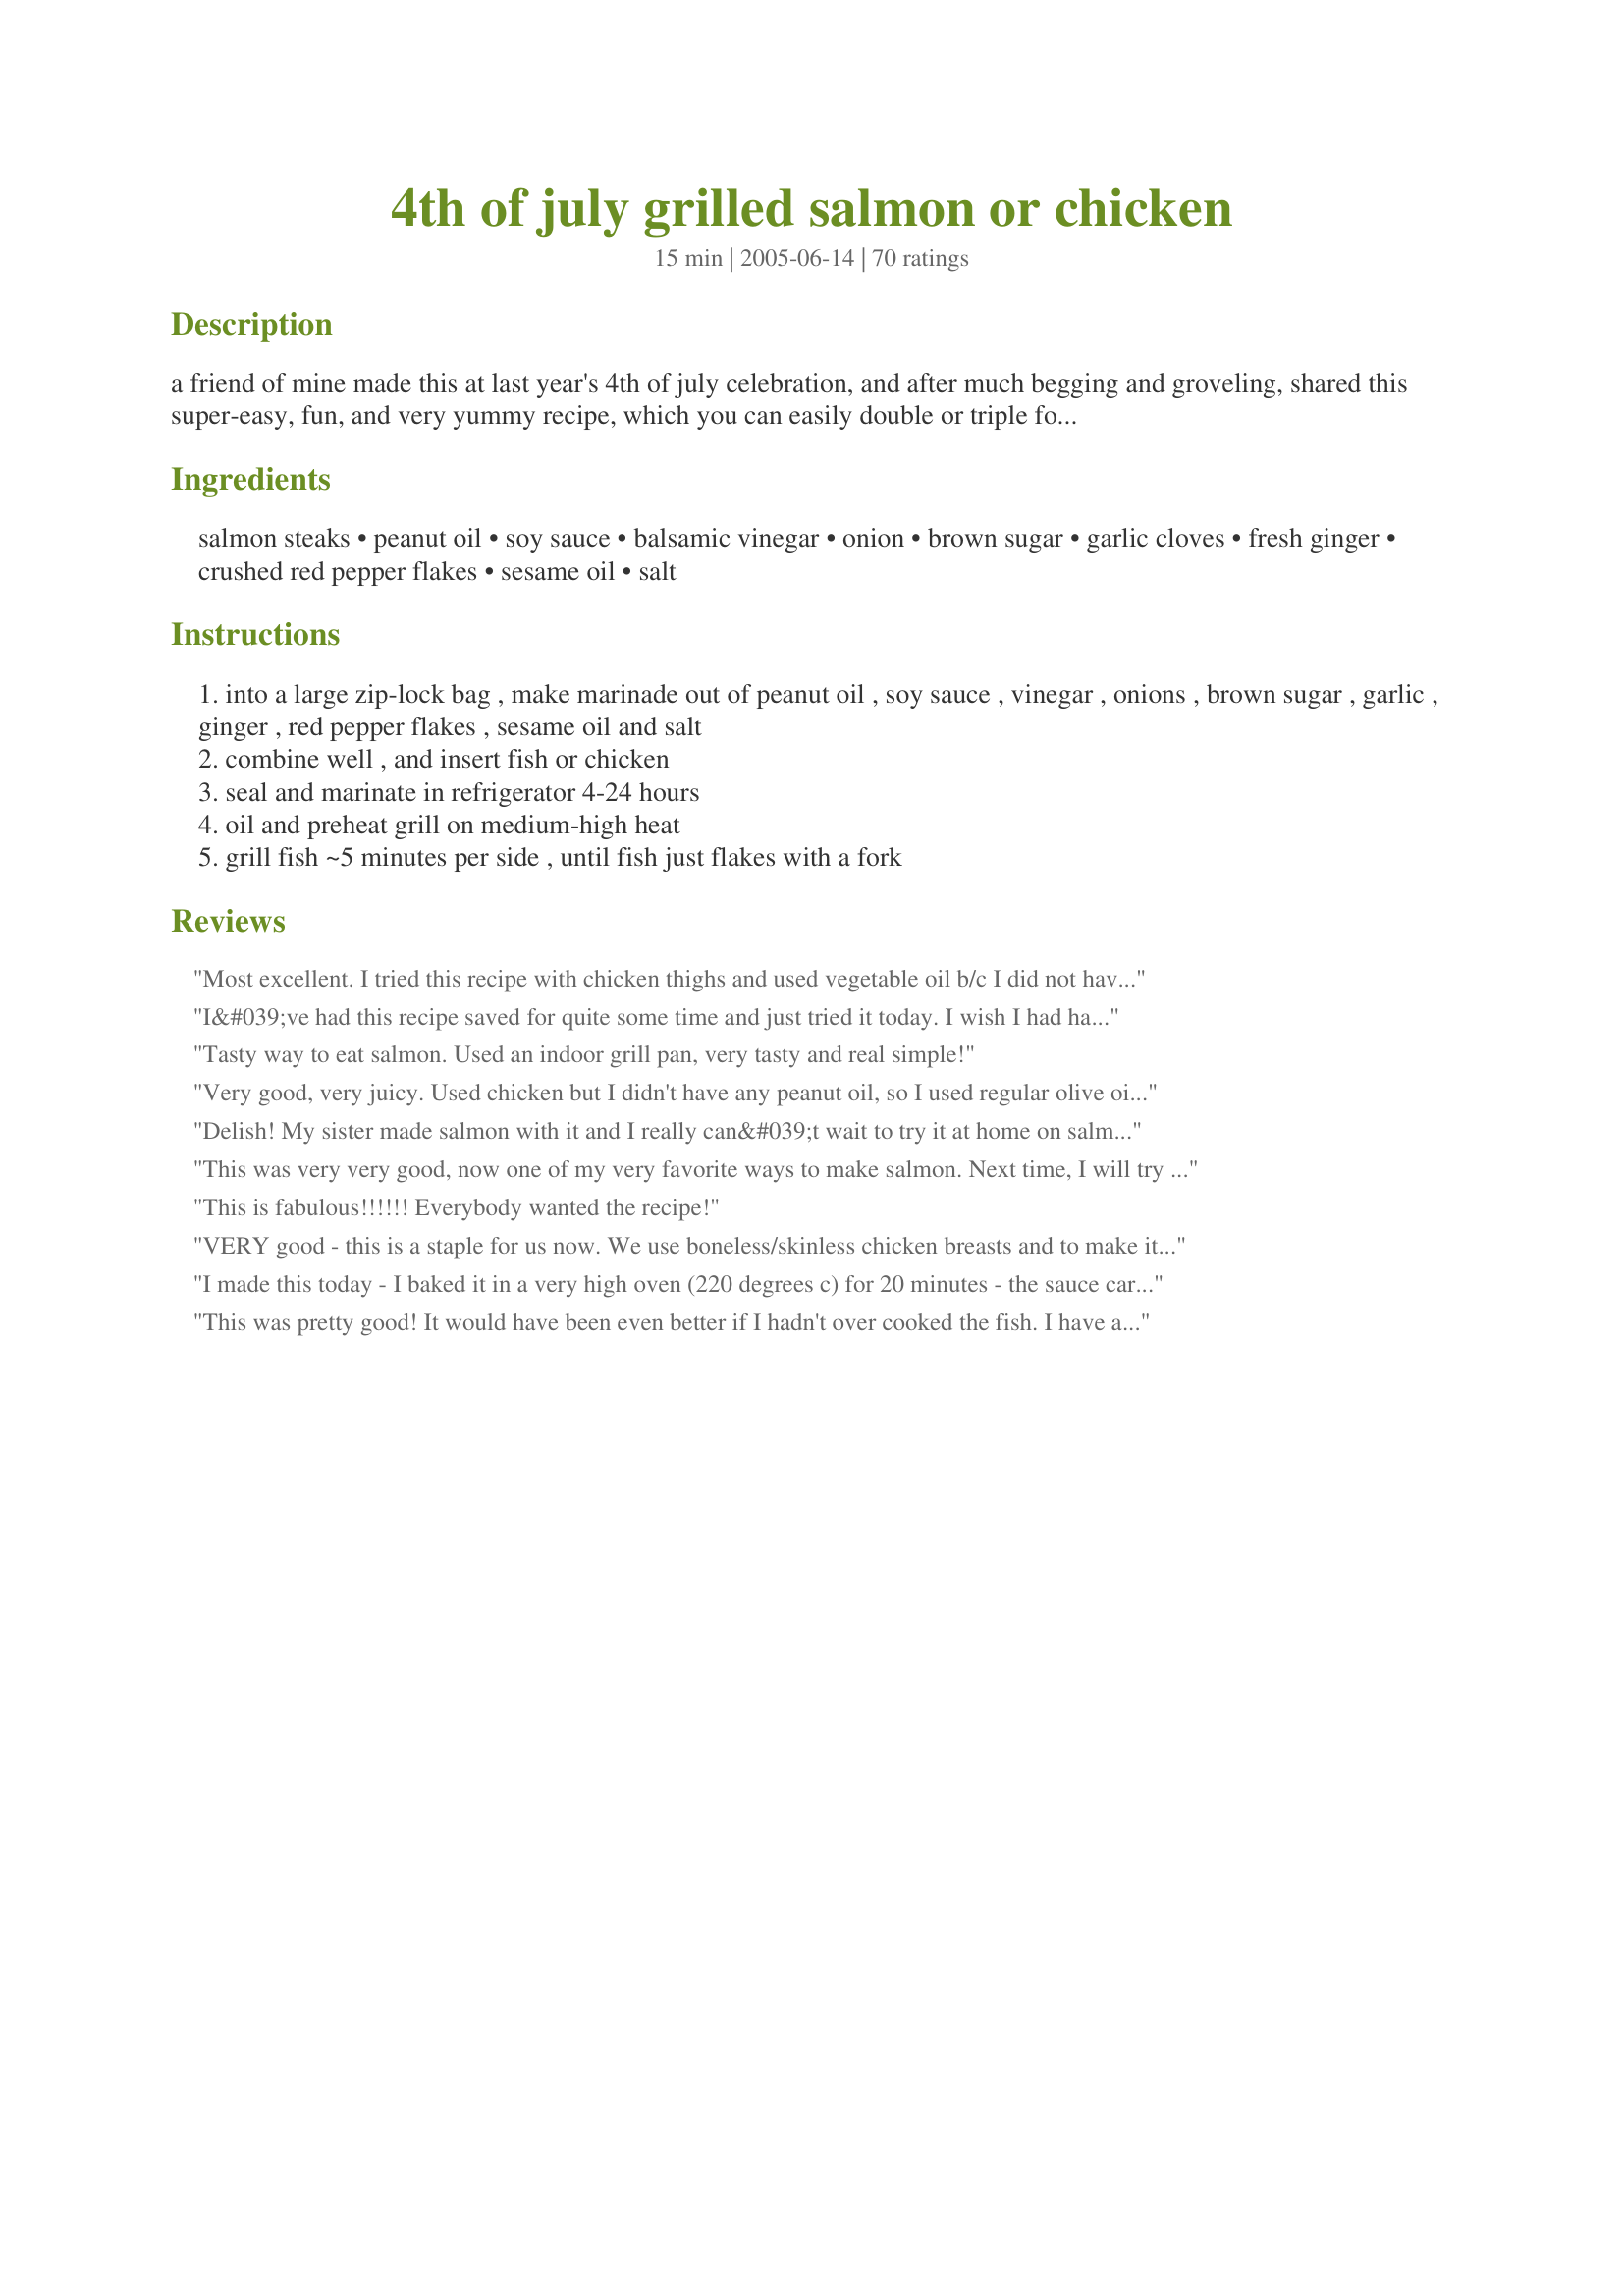
4th of july grilled salmon or chicken
Preparation time: 15 minutes

a friend of mine made this at last year's 4th of july celebration, and after much begging and groveling, shared this super-easy, fun, and very yummy recipe, which you can easily double or triple for a big crowd! the cold left-overs (if any) the next day are fabulous! try this with chicken!! grill 4 chx breasts 4-5 min ea side, then finish in 350 degree oven in covered pan with butter & olive oil for +/-20 min. oh! magnificent (great sandwiches w/tomato, cream cheese, and avocado).

Ingredients:
salmon steaks, peanut oil, soy sauce, balsamic vinegar, onion, brown sugar, garlic cloves, fresh ginger, crushed red pepper flakes, sesame oil, salt

Steps:
into a large zip-lock bag , make marinade out of peanut oil , soy sauce , vinegar , onions , brown sugar , garlic , ginger , red pepper flakes , sesame oil and salt
combine well , and insert fish or chicken
seal and marinate in refrigerator 4-24 hours
oil and preheat grill on medium-high heat
grill fish ~5 minutes per side , until fish just flakes with a fork

Reviews:
Most excellent. I tried this recipe with chicken thighs and used vegetable oil b/c I did not have peanut oil. I added ~1T creamy peanut butter to get the peanuty taste.

During grilling time, I basted the thighs with marinade to really coat them good. yum yum yum.


I&#039;ve had this recipe saved for quite some time and just tried it today. I wish I had have tried it sooner. It was delicious and needless to say there are no leftovers. I used it on salmon but will try it on chicken once its warm enough to grill outside, as I baked it in the over on 375 for 20 minutes. Thanks for the post.
Tasty way to eat salmon. Used an indoor grill pan, very tasty and real simple!
Very good, very juicy. Used chicken but I didn't have any peanut oil, so I used regular olive oil and added maybe 2tbsp of peanut butter like someone just mentioned. Thanks!
Delish! My sister made salmon with it and I really can&#039;t wait to try it at home on salmon and on chicken. I think it would also make a fabulous pork loin marinade as well. Would come out kind of like chashu port
This was very very good, now one of my very favorite ways to make salmon. Next time, I will try with less oil. I didn't have much time so i only marinated for 4 hours, next time will marinate longer as more flavor would be great. I baked at 375 for 25 mins. for 2 filets from Sam's club, perfect! I poured marinade over filets before putting in oven. Easy and delicious way to eat salmon! Thanks for posting.
This is fabulous!!!!!! Everybody wanted the recipe!
VERY good - this is a staple for us now. We use boneless/skinless chicken breasts and to make it easy - chopped garlic in a jar and the ginger in a tube (the kind you find in the refrigerated area of the produce section). Sometimes I do more sesame oil than peanut because we love that flavor. I've had many compliments on this marinade.
I made this today - I baked it in a very high oven (220 degrees c) for 20 minutes - the sauce caramelised and it was great!
This was pretty good! It would have been even better if I hadn't over cooked the fish. I have a very bad habit of doing that. I really enjoyed the flavor though. I love anything with balsamic vinegar. Will try it on chicken too. Thanks!
Wow!! My husband and I made this for dinner last night, and it was wonderful! All 4 of our kids gobbled it up, even the one that doesn't normally like fish. We marinated it for 6 hours, and I think I'll do it longer next time just to help the thicker part of the fillet soak in the flavors. Thank you for sharing this recipe!
Outstanding. My husband catches all the salmon we can eat, and I am always looking for new ways to make it. This one got 4 1/2 stars from the DH, 5 from me both on taste and ease of preparation. Super easy and really yummy. I am glad we made extra so we have the leftovers tomorrow. Excellent! UPDATE: Made a triple recipe with chicken and froze it (before cooking, just in the marinade). Took camping and made it over a campfire - fabulous. Definitely wonderful for OAMC.
This was a very good marinade, it was simple and tasty. I did it once letter by letter and was to salty for me and mine. So tonight. I made it left out 1/2 the soy added some molasses about 2 tbs and 1/2 cup of coconut vodka. Tonight the chicken wasn't salty at all and had a Caribbean hint to it.. Will be using it again! Thanks for posting..
This was great...I ended up doing it in the oven since hubby did not want to grill tonight in the heat. We really enjoyed it.
I marinated the salmon all day. I wished I would have thicken the marinate and used as a sauce for the salmon. The salmon tasted good.
Very nice marinade. Will make again.
I loved this marinade. I used regular onion instead of scallions and left out the red pepper flakes. While the fish was grilling, I took the leftover marinade and boiled it - then added a thickener (wisked 1 TBL cornstarch with 2 TBL ice water). It made the tastiest sauce - out of this world!
Outstanding! I've made this recipe 6 times now at my husband's demand... I mean, request. We haven't tried it with chicken, but I did try it with shrimp. Yummy! I've found that marinating 24 hours brings out the best flavor, and using peeled, minced fresh ginger makes a great recipe even better. We'll be having this again tonight, too. Thanks!
This is just simply fantastic! I grilled a big salmon fillet on a cedar plank according to this recipe and did exactly what this recipe states. The result was beyond what words can describe. Absolutely a keeper!
This was absolutely delicious and everyone I've served it to loves it! We have a food sealer so I mix it all up in the container, suck out the air and only have to marinate for half the time!
So yummy!! We've used this recipe for plain salmon and also for salmon for tacos. Such a tasty marinade. If you can let it marinade at least 4 hours (or more) do! It imparts almost a nutty taste to the salmon. Guests raved about it! Thanks for a great recipe!
WOW, this is a great marinade. Can't wait to use it on chicken.
This was amazing, I tried it on salmon and chicken and loved both. the marinade is just slap youre' Momma GOOD, will be using this over and over again. I turned the grill up to high for the last minute to caramelize it. i used chicken breast and marinated it for 6 hours and it was so juicy and tender, it was amazing. Yhanks for posting a keeper.
I began cooking for the family a couple of months ago, so I&#039;ve depended on recipes from food.com pretty heavily. This salmon recipe is delicious and very easy to make. Once I found the required items (which are all available at any supermarket) I got going on it. I&#039;m going on my 3rd time cooking it since the kids and wife really enjoy it. Not sure who iniitially added the recipe but thanks.
I put a small bit of the marinade onto the salmon and put it on the BBQ in foil for 40 mins with tomotoe and small can of sliced peaches. I also put a small squash with honey and galic in foil on for a bit longer. HMmmmmmmmm good. thanks for the great recipe
Chris
This was very good. Company good! I didn't have any peanut oil so I used canola oil and only 1/4 cup. I put foil poked with holes on the grill and spayed it with oil because I was afraid of the fish sticking and falling through the grill. Worked out great. Will definatly make again. Thanks for posting.
Excellent salmon recipe and I'm not much of a salmon lover. I did not use the crushed red peppers (to many "Gerber Mouths" in the family), but can see how the peppers would compliment flavor. 
Everyone at the cookout loved it. Thank you.
Very easy, excellent recipe. I decided to make this late in the day and the chicken only marinated for about 2 hours...also didnt have scallions. Even so the chicken was really delicious. Will definitely make this again.
I have used this recipe many times, and I haven NOT reviewed it. What was I thinking?? It is wonderful. I am going to do it today with Salmon. It leaves it tasty and moist. I have made it with the chicken, and everyone couldn't belive how moist it is. 
Great recipe!
Thanks for this recipe. I think you should re-post as a chix marinade because it was AWESOME on the chicken. I wasn't planning on cooking chix at all, but defrosted 2 breasts because the feedback for it was so strong. So happy I did. Yum! The salmon was good too. I think the filets I had tasted a little fishy, so it wasn't as awesome as the chicken, but I don't think it was the marinades fault at all. I ended up baking in the oven because we had a propane issue. I took the onions from the marinade and left them on top of the chix and salmon. They were a GREAT piece in both texture and taste. We will def have this again! Thanks!
We all enjoyed this. I used chicken, But I think it would be even better on salmon. I also only marinated it for 1 hr. because I was in a hurry.
Awesome recipe! Thank you!
Very good!
YUM...this was a wonderful, easy recipe. We made it with salmon and I followed your directions except I used only 1/4 cup of peanut oil. I added cornstarch mixture to the sauce and cooked it on the stove and we dipped our salmon and rice in it. Thanks for a keeper!
SO easy to make and quite delicious! I ended up marinating for 26 hrs or so - I hadn't had time to make it, and finally threw it in the oven in some foil just so it wouldn't spoil. It was so good that way that I can't wait to try it on the grill! Thanks for posting!
Great marinate for the salmon. Will reduce the amount for the two of us next time. Only cooked 1 fillet and it was way too much.&lt;br/&gt;Served with Recipe #336245 for a great meal.
This was delicious and incredibly easy to make! I've made it for my family once and company once ande plan on making it again when we have guests as the marinade doesn't take long to throw together, thus allowing me more time with my guests. There have been no leftovers each time we've made it!
I love this marinade for salmon. It is very flavorful, with just a hint of sweet. The first time I made this it was raining, so I broiled the salmon. After grilling it (which is tasty), I like the marinated salmon better in the broiler as the flavor is more intense.
Wonderful flavor, I was afraid it would have an overpowering teriyaki flavor but it didn't. I did extend the cooking time a bit because I put in on a cedar plank an grilled it over indirect heat without turning. It gave it a nice smoked flavor as well. Will definately make it again!
This recipe was simply OUTSTANDING! Instead of all ground ginger, I also added in some fresh ginger (I love fresh ginger). I also added a little more garlic to mine as well. Finally I cooked it in the oven for 15 minutes, re-marinated it and flipped it over, cooked another 15 minutes, repeated marinating and flipping, and cooked a final 15 minutes. Did not overcook at all and was MARVELOUS! Very tasty, and easy to make! Highly recommended for anyone to try this recipe... it's a definite keeper! Thanks for sharing it with us all!
I made the chicken and it was Wonderful. I forgot to add the ginger and it was still very tasty.
Really, really, really good! I don't marinate often because I'm always so disappointed in the result....not so with this marinade. I doubled the recipe (not the soy) and put half into a bag with 5 frozen chicken thighs and half into a bag with a small skirt steak. Left them in the fridge for more than 24 hours and grilled them up for dinner. Steak was just so-so but the chicken was out of this world. Juicy, just a little salty yum!!! I will use this all summer long. Thanks for posting and can't wait to try on salmon!
I did this using chicken,cooking it on a griddle pan,and the results were fab!! My husband thought it was excellent,and couldn't even finish his first mouthful before he declared that I could make this again!!
A great recipe-thank you!
This is just wonderful! I made as directed and heated the marinade to use as a sauce over the salmon. Just perfect! So very easy to prepare for a quick, don't heat up the kitchen, supper! Thanks for sharing!
Served this for 1st of July ! Used salmon and halved the marinade (watching calories). We loved it.
Delicious! The balsamic vinegar adds an unusual and yummy touch to this otherwise fairly standard Asian marinade.
Absolutely gorgeous, Lovely flavour. I made as stated except for using fresh ginger indstead of ground I love frsh ginger. I will definitely be making again I might try it with chicken next time. I marinated my salmon overnight to really allow the flavours to infuse the fillets. I only made two fillets and instead of grilling I baked them in a baking dish pouring some of the marinade over. Wonderful recipe, thanks for posting, it is definitely a keeper and will frequent our table lots.
This is soooo good!! We love this, and I make it for company. The marinade is wonderful heated and made into a sauce with a little cornstarch, and drizzled over the salmon just before serving. My brother, who doesn't give compliments easily, was taking seconds and saying it was delicious!
Loved this recipe. Fast, Easy, Healthy and flavorfilled. Thanks for posting it. We are adding it to our meal cycle. Substituted Rice wine vinegar only because I didn't have the balsamic, it was still great. Thanks again
This is fantastic!!! Holy cow, I'm never a fan of salmon because the marinade stays on the top and when you get to the center of the fish, it's boring and fishy, but this marinade settled down and made itself at home! I didn't even have a chance to marinate over 3 hours. Wonderful. Thank you so much.
This is really good!! My husband doesn't like salmon very much but he really enjoyed this. I only marinated for a short time and I think it would be more flavorful if it were longer. VERY delicious!!!
Excellent salmon recipe! I made the marinade with canola oil vs. peanut but made the rest identical. Marinated the fish about 4 hours and then cooked on a charcoal grill. My husband basted with some of the marinade and then dumped the extra on the coals for lots of smoking power. Delicious! The whole family gave this 5 stars.
This is very yummy, even better the next day. I used chicken. I didn't have peanut oil or sesame oil but I added peanut butter and sesame seeds and it turned out very yummy. The PB really added something to it. I will make this again; it is worth the effort. It goes fantastic with regular baked beans and corn: I won't serve it with anything else.
Can't believe I haven't rated this yet! This has become my new standard for salmon on the grill. My children enjoy it as much as my husband and I do. I use olive oil instead of peanut, because of what I have on hand. Usually marinate it for 8-10 hours. It's fantastic!!!!
Really good asian like marinade for salmon! I marinated my fillet over night and it was very tasty! I also reduced the amount of oil to 1/4 cup and actually baked my fish in 350F for 20 minutes and it was beautiful! Will try the grill when I get one. Sprinkled the scallions fresh on top and even my non fish lover hubby loved it.
Very tasty! I will make again. Have made twice with salmon, love it!! Made with chicken but like salmon more.
just made this with chicken over the weekend for a camping trip, was very flavorful. I mariated it for a little over 24 hours. Can't wait to try it on salmon.
This is one of the best salmon recipes EVER!. My brother made it several years ago and imagine my delight when I stumbled upon the recipe here! In the winter the salmon can also be cooked at 400 degrees on a tin foil lined baking sheet (the skin sticks to the foil and you can just spatula off the fillet. This is superb served on a bed of mashed yams or sweet potatos and a side of blanched haricots verts.
I LOVED This recipe. This was my first attempt at grilling salmon as well. Turned out perfect! I bought some wonderful salmon at whole foods and marinated it for 2 1/2 hrs. Thank you for sharing!
This recipe was to die for! Absolutely wonderful. It grilled up perfectly and the flavor was fantastic. The only change I made to the recipe was using canola oil instead of peanut, as that's what I had on hand. I will make this again and again!
Have to agree with other reviewers. Excellent recipe, with dominant ginger taste. Would suggest that you spoon the marinate solids onto the salmon while it is grilling?just adds to the yummy...
Very good marinade. We used it with Salomon steaks and they had a great flavor. I used canola oil since I didn't have peanut-
I made this using fresh salmon. We went nuts over it! This is a 10 star recipe in our eyes. I will be making often, as we love salmon and are always looking for new ways to prepare tasty dishes. Thanks! We will be trying on chicken too, as I know it will be great that way too! Thanks
Made this with chicken and marinated for 24hrs. It's fantastic just like all the other reviews state. We had it with corn on the cob and potato salad. So good! Can't wait to try it on salmon. Thank you very much!
One thing that's nice about Florida, is that you can grill out even in the cooler weather, and so I decided to make this salmon and am I glad I did! My DH, DD and her DD and I went into silent mode as we ate this, eating it up so fast, it was gone in a flash! I can't remember when I have enjoyed a meal more, and when my grandaughter likes something, you KNOW it's good! Thank you!
This is a very good and a must try recipe. I tried this with a whole chicken. And it was really tasty. I add some more ingredients and also kept the skin on the chicken after cleaning well the skin and underneath the skin. Some of the things that I added apart from what is mentioned in this recipe was paprika , 1 tbsp dried herbs, 1 tsp black pepper,1 teaspoon cayenne pepper, 1 teaspoon garlic powder , 1 -1 1/2 tsp honey, about 2 cloves crushed garlic with skin.
This makes the chicken really juicy and tasty. Thanks
We enjoyed this with chicken on the grill. Thanks for the winner of a recipe!
Thanks for posting. We enjoy having Salmon on a regular basis and tried your recipe this time and can say for sure we will be doing this again and again. I would add a little more garlic to suit our taste and I did not add any salt. Other than that I stuck to your directions and the results were amazing. Again many thanks.
Made this with salmon last night. Fabulous! Left out the sesame oil cuz the daughter doesn't like it. Tastes great without it. Had it with Marinated Cucumbers, Onions, and Tomatoes (recipe # 94964.) What a great, low cal, low cholesterol dinner on a hot Summer day. Food.com rocks!
Very nice mix of flavours - really gives a unique and delicious twist on salmon.
